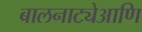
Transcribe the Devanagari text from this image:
बालनाट्येआणि